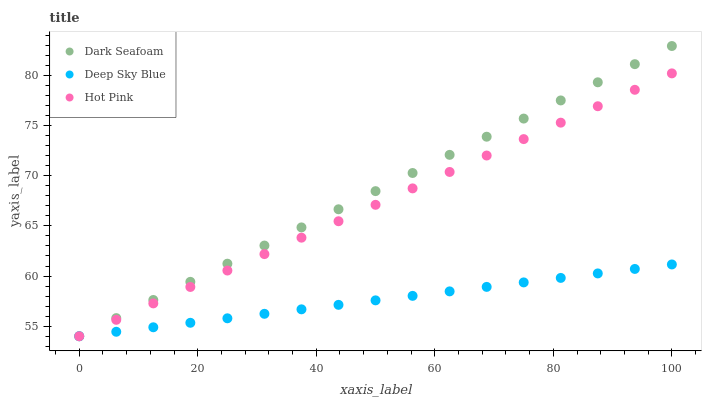
| xaxis_label | Dark Seafoam | Deep Sky Blue | Hot Pink |
 | --- | --- | --- | --- |
 | 0 | 54 | 54 | 54 |
 | 6.25 | 55.8 | 54.4 | 55.6 |
 | 12.5 | 57.6 | 54.9 | 57.3 |
 | 18.8 | 59.4 | 55.3 | 58.9 |
 | 25 | 61.2 | 55.8 | 60.6 |
 | 31.2 | 63 | 56.2 | 62.2 |
 | 37.5 | 64.8 | 56.7 | 63.8 |
 | 43.8 | 66.7 | 57.1 | 65.5 |
 | 50 | 68.5 | 57.6 | 67.1 |
 | 56.2 | 70.3 | 58 | 68.7 |
 | 62.5 | 72.1 | 58.5 | 70.4 |
 | 68.8 | 73.9 | 58.9 | 72 |
 | 75 | 75.7 | 59.4 | 73.7 |
 | 81.2 | 77.5 | 59.8 | 75.3 |
 | 87.5 | 79.3 | 60.3 | 76.9 |
 | 93.8 | 81.1 | 60.7 | 78.6 |
 | 100 | 82.9 | 61.2 | 80.2 |